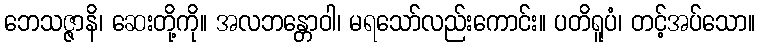
ဘေသဇ္ဇာနိ၊ ဆေးတို့ကို။ အလဘန္တောဝါ၊ မရသော်လည်းကောင်း။ ပတိရူပံ၊ တင့်အပ်သော။